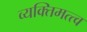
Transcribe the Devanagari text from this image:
व्यक्‍तिमत्त्व